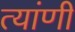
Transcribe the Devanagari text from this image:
त्यांणी